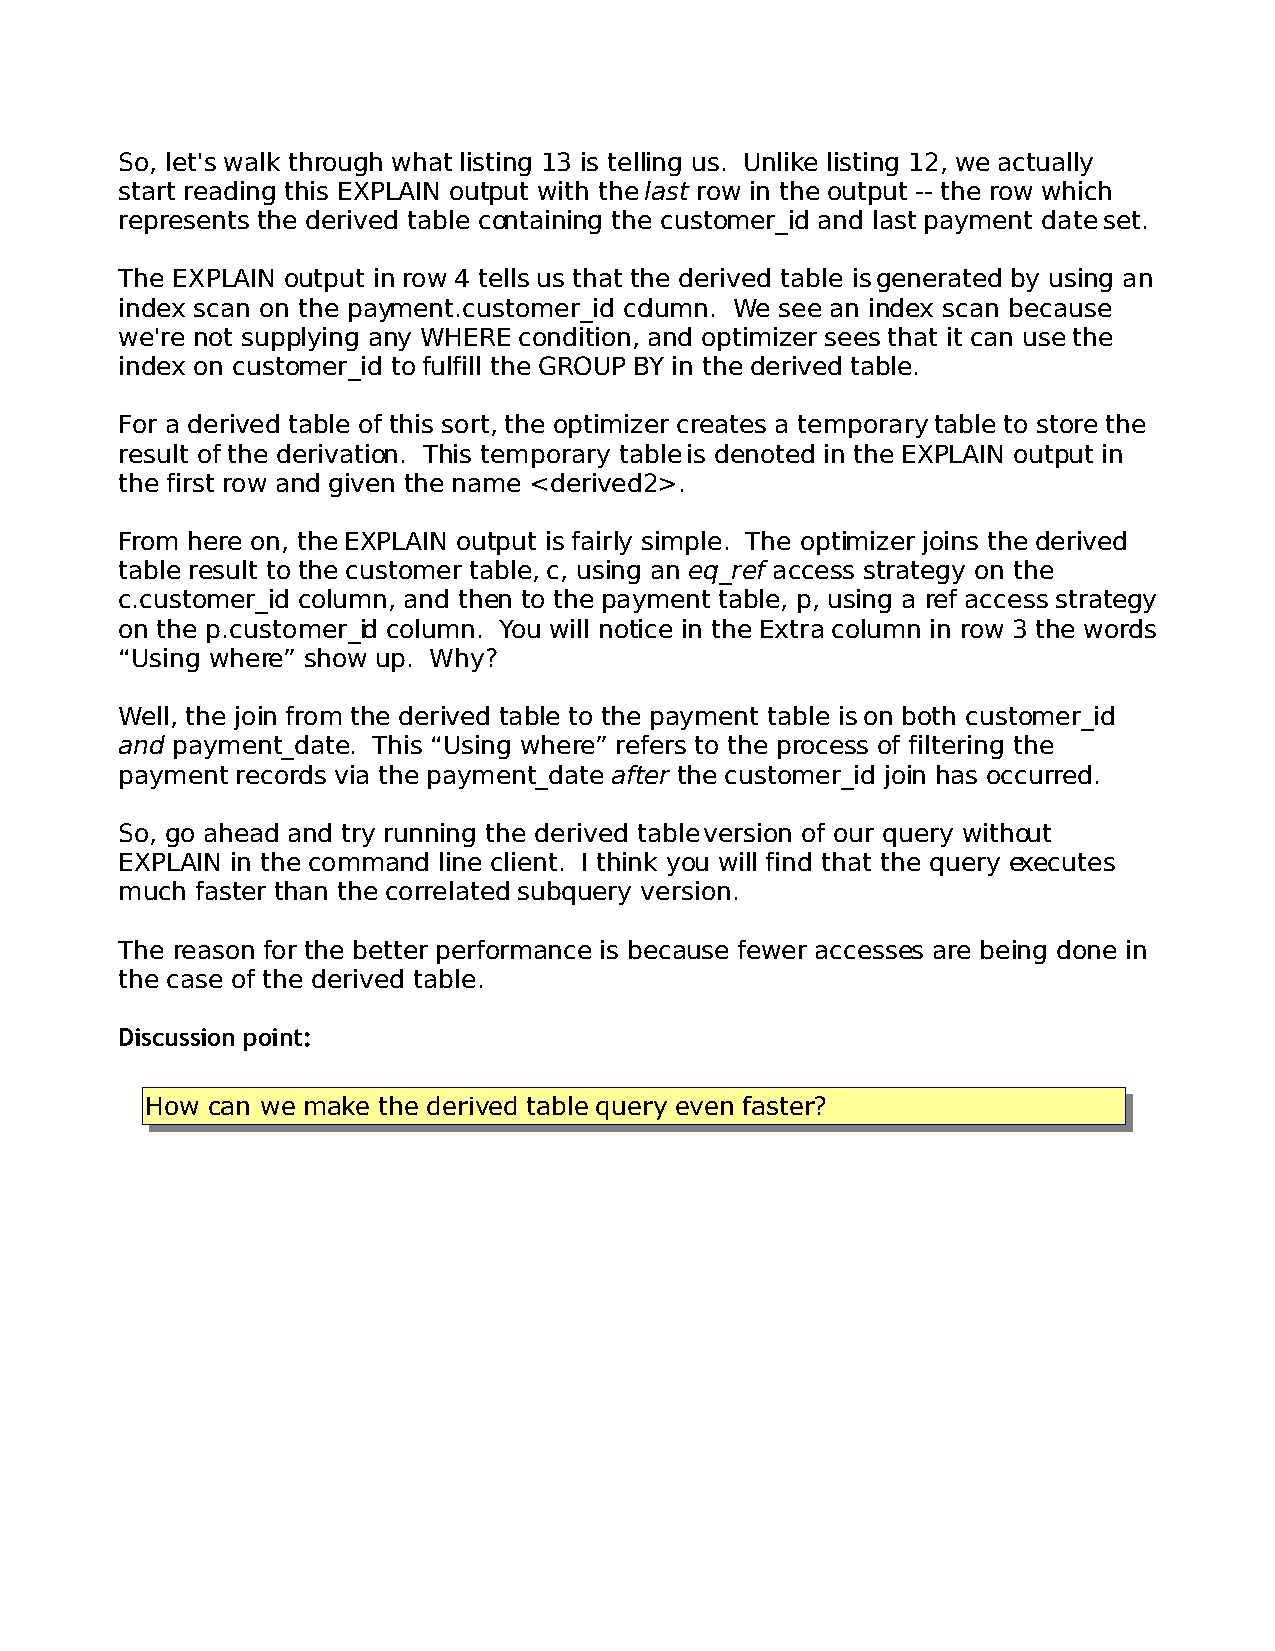
So, let's walk through what listing 13 is telling us. Unlike listing 12, we actually
 start reading this EXPLAIN output with the last row in the output -- the row which
 represents the derived table containing the customer_id and last payment date set.
 The EXPLAIN output in row 4 tells us that the derived table is generated by using an
 index scan on the payment.customer_id column. We see an index scan because
 we're not supplying any WHERE condition, and optimizer sees that it can use the
 index on customer_id to fulfill the GROUP BY in the derived table.
 For a derived table of this sort, the optimizer creates a temporary table to store the
 result of the derivation. This temporary table is denoted in the EXPLAIN output in
 the first row and given the name <derived2>.
 From here on, the EXPLAIN output is fairly simple. The optimizer joins the derived
 table result to the customer table, c, using an eq_ref access strategy on the
 c.customer_id column, and then to the payment table, p, using a ref access strategy
 on the p.customer_id column. You will notice in the Extra column in row 3 the words
 “Using where” show up. Why?
 Well, the join from the derived table to the payment table is on both customer_id
 and payment_date. This “Using where” refers to the process of filtering the
 payment records via the payment_date after the customer_id join has occurred.
 So, go ahead and try running the derived table version of our query without
 EXPLAIN in the command line client. I think you will find that the query executes
 much faster than the correlated subquery version.
 The reason for the better performance is because fewer accesses are being done in
 the case of the derived table.
 Discussion point:
 How can we make the derived table query even faster?